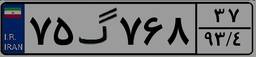
۷۵گ۷۶۸۳۷